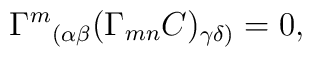
{\Gamma^m}_{(\alpha\beta}(\Gamma_{mn}C)_{\gamma\delta)}=0,